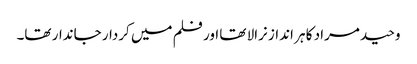
وحید مراد کا ہر انداز نرالا تھا اور فلم میں کردار جاندار تھا۔